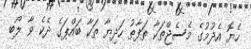
ހެޔޮ އެދުމުގެ މެސެޖްތަކާ ތަފާތު ހަދިޔާ ތަކާ ބައްޕަގެ ދެކެ ވާ ލޯބި